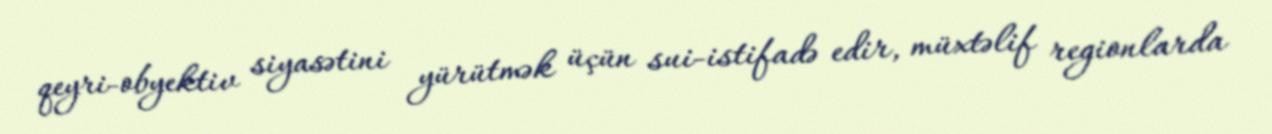
qeyri-obyektiv siyasətini yürütmək üçün sui-istifadə edir, müxtəlif regionlarda